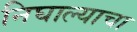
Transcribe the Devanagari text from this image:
निघाल्याचा